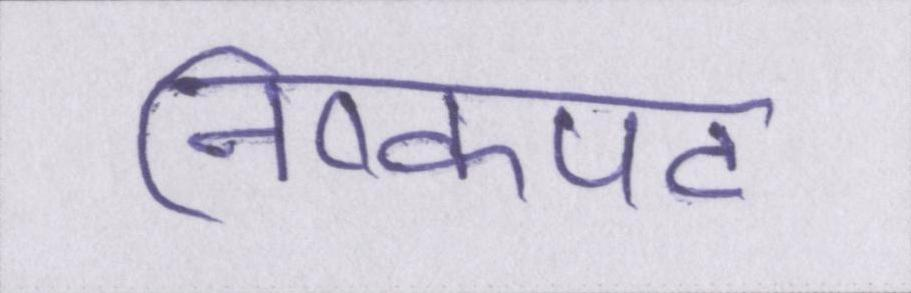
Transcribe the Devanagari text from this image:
निष्कपट